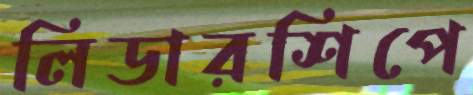
লিডারশিপে